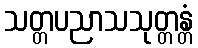
သတ္တပညာသသုတ္တန္တံ